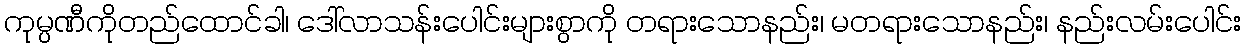
ကုမ္ပဏီကိုတည်ထောင်ခါ၊ ဒေါ်လာသန်းပေါင်းများစွာကို တရားသောနည်း၊ မတရားသောနည်း၊ နည်းလမ်းပေါင်း